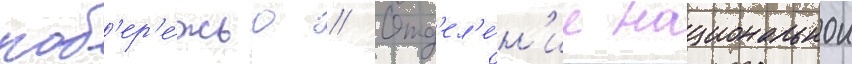
поб'ер'е́жью // Отд'ел'е́н'ие национальнои